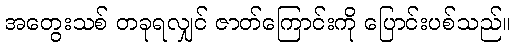
အတွေးသစ် တခုရလျှင် ဇာတ်ကြောင်းကို ပြောင်းပစ်သည်။